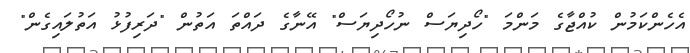
އެހެންކަމުން ކުއްޖާގެ މަންމަ "ހޯދިޔަސް ނުހޯދިޔަސް" އޭނާގެ ދައްތަ އަތުން "ދަރިފުޅު އަތުލައިގެން"